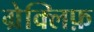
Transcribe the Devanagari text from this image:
ग्रेक्लिफ़